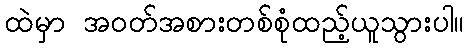
ထဲမှာ အဝတ်အစားတစ်စုံထည့်ယူသွားပါ။